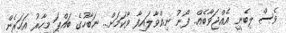
ވެސް ލިބެނީ އެއްޖަވާބެއް.. ފޯނު ނިއްވާލައިފާ ވާކަމަށް.. ނަބާހުގެ ބައްޕަ މިހާރު އަހަރެން